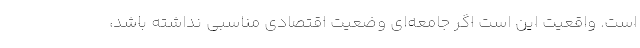
است. واقعیت این است اگر جامعه‌ای وضعیت اقتصادی مناسبی نداشته باشد،